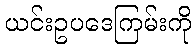
ယင်းဥပဒေကြမ်းကို